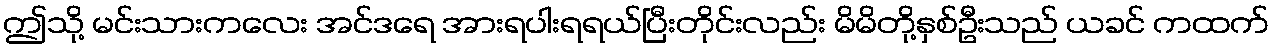
ဤသို့ မင်းသားကလေး အင်ဒရေ အားရပါးရရယ်ပြီးတိုင်းလည်း မိမိတို့နှစ်ဦးသည် ယခင် ကထက်